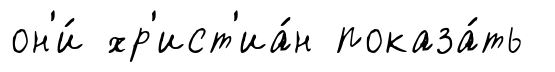
он'и́ хр'ист'иа́н показа́ть